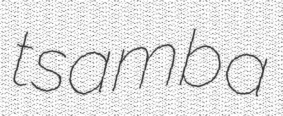
tsamba